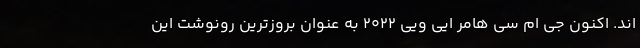
اند. اکنون جی ام سی هامر ایی ویی 2022 به عنوان بروزترین رونوشت این